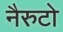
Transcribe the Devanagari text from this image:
नैरुटो